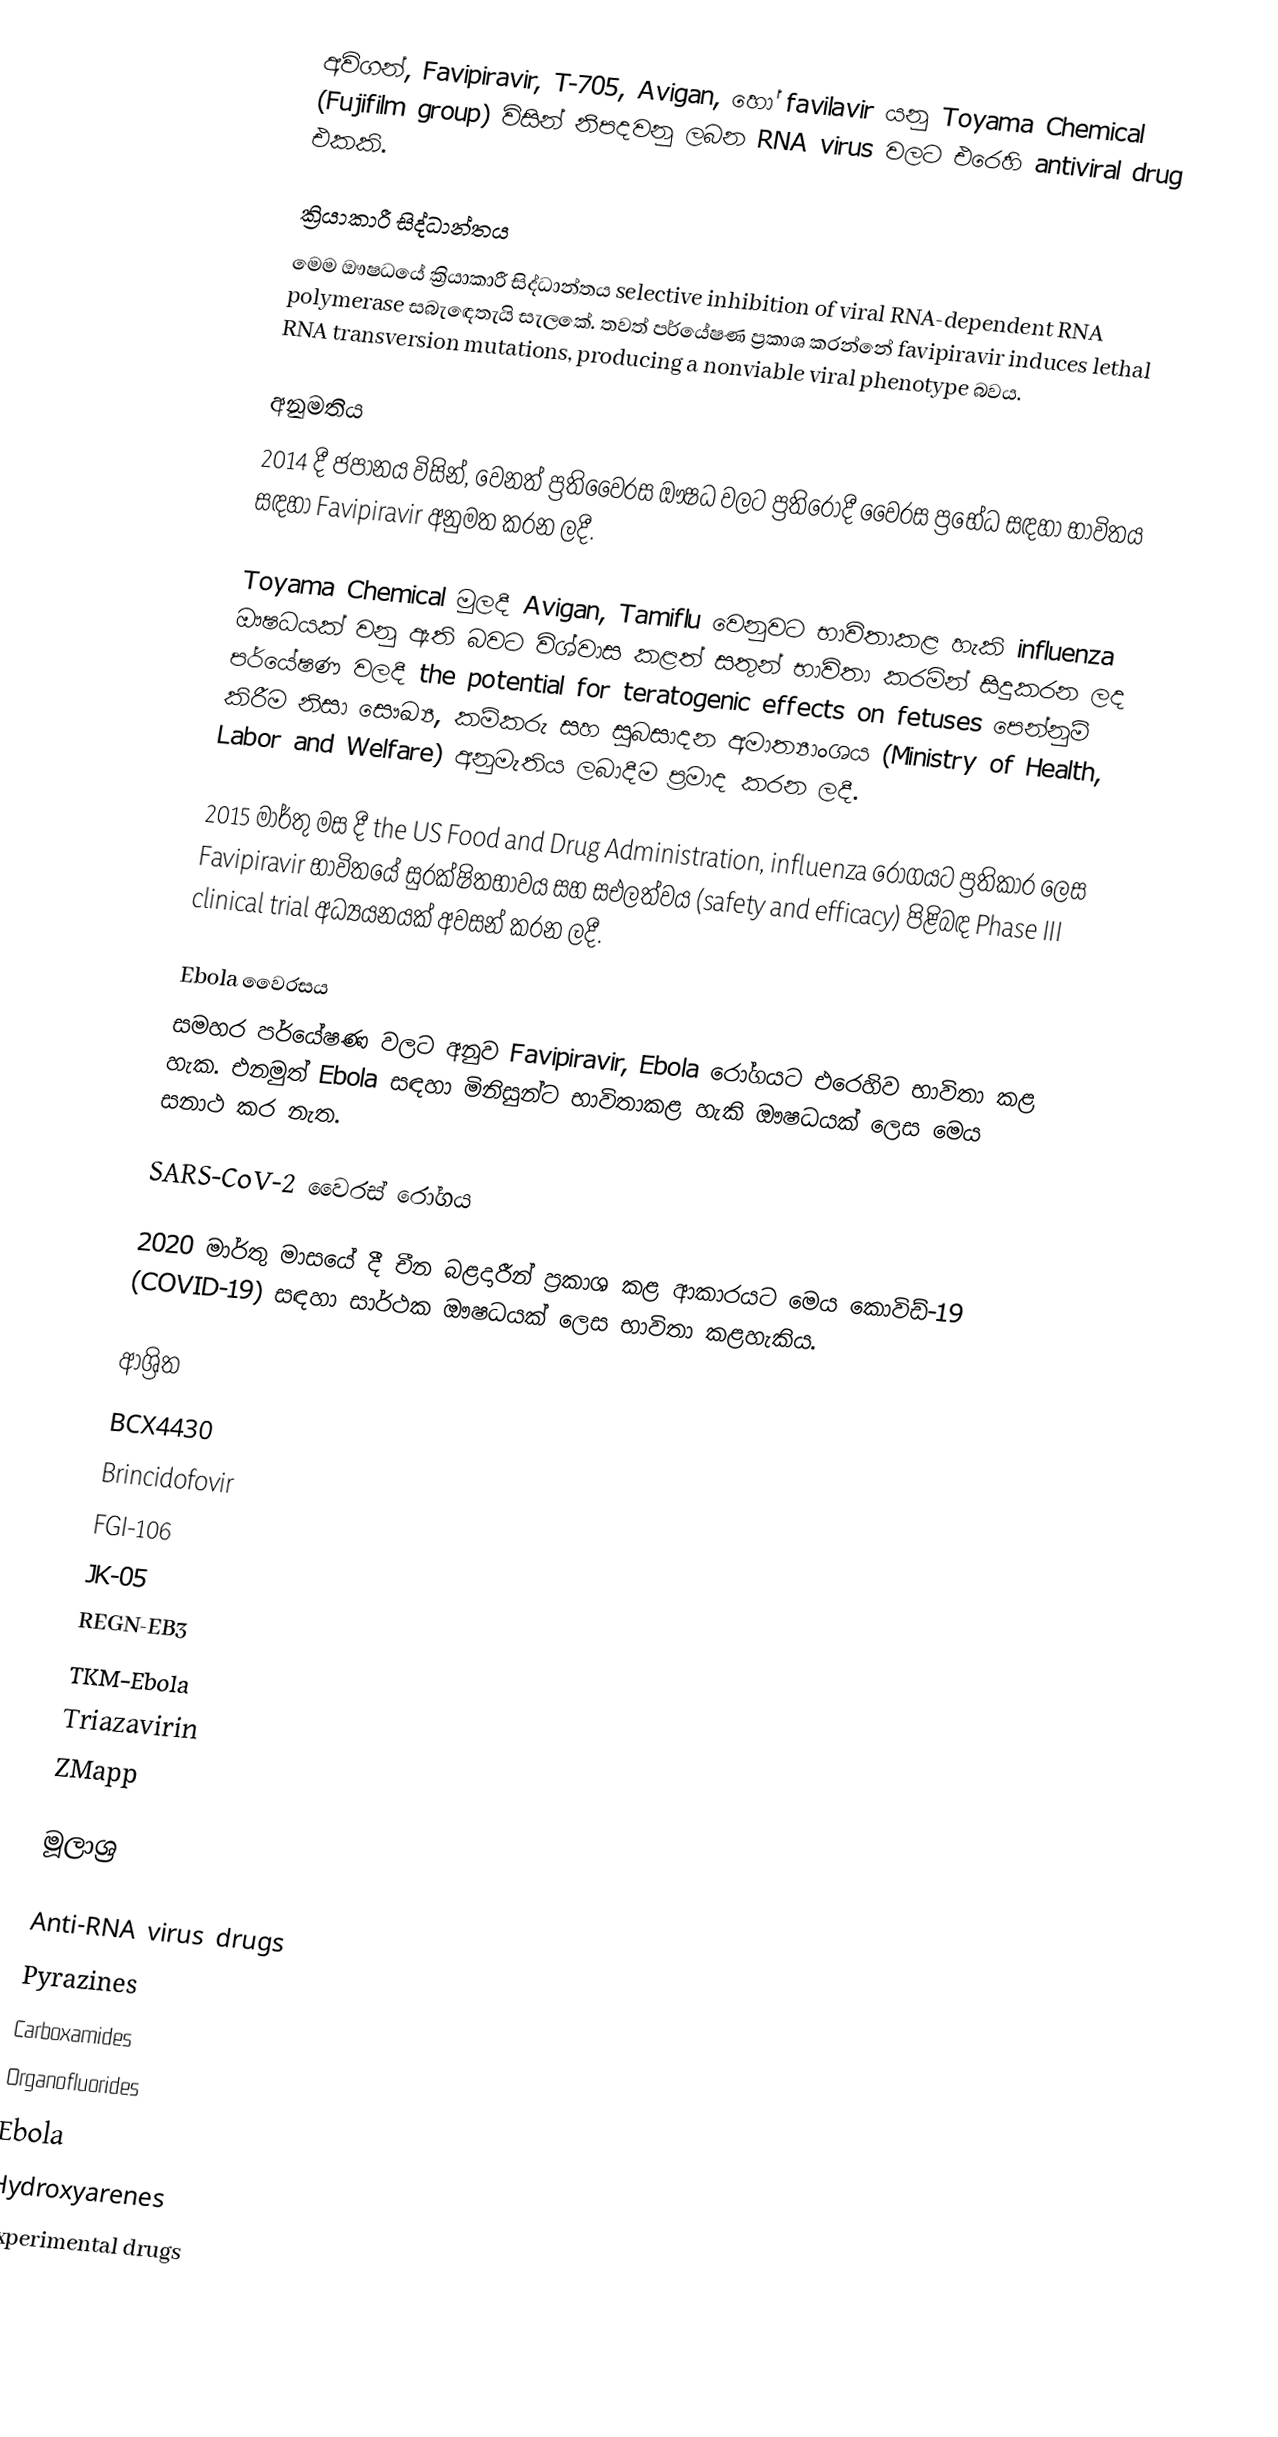
අවිගන්, Favipiravir, T-705, Avigan, හෝ favilavir  යනු Toyama Chemical (Fujifilm group) විසින් නිපදවනු ලබන RNA virus වලට එරෙහි antiviral drug එකකි.

ක්‍රියාකාරී සිද්ධාන්තය
මෙම ඖෂධයේ ක්‍රියාකාරී සිද්ධාන්තය selective inhibition of viral RNA-dependent RNA polymerase සබැඳෙතැයි සැලකේ. තවත් පර්යේෂණ ප්‍රකාශ කරන්නේ favipiravir induces lethal RNA transversion mutations, producing a nonviable viral phenotype බවය.

අනුමතිය
2014 දී ජපානය විසින්, වෙනත් ප්‍රතිවෛරස ඖෂධ වලට ප්‍රතිරෝදී වෛරස ප්‍රභේධ සඳහා භාවිතය සඳහා Favipiravir අනුමත කරන ලදී.

Toyama Chemical මුලදී Avigan, Tamiflu වෙනුවට භාවිතාකළ හැකි influenza ඖෂධයක් වනු ඇති බවට විශ්වාස කළත් සතුන් භාවිතා කරමින් සිදුකරන ලද පර්යේෂණ වලදී the potential for teratogenic effects on fetuses පෙන්නුම් කිරීම නිසා සෞඛ්‍ය, කම්කරු සහ සුබසාදන අමාත්‍යාංශය (Ministry of Health, Labor and Welfare) අනුමැතිය ලබාදීම ප්‍රමාද කරන ලදී.

2015 මාර්තු මස දී the US Food and Drug Administration, influenza රෝගයට ප්‍රතිකාර ලෙස Favipiravir භාවිතයේ සුරක්ෂිතභාවය සහ සඑලත්වය (safety and efficacy) පිළිබඳ Phase III clinical trial අධ්‍යයනයක් අවසන් කරන ලදී.

Ebola වෛරසය
සමහර පර්යේෂණ වලට අනුව Favipiravir, Ebola රෝගයට එරෙහිව භාවිතා කළ හැක. එනමුත් Ebola සඳහා මිනිසුන්ට භාවිතාකළ හැකි ඖෂධයක් ලෙස මෙය සනාථ කර නැත.

SARS-CoV-2 වෛරස් රෝගය

2020 මාර්තු මාසයේ දී චීන බළදාරීන් ප්‍රකාශ කළ ආකාරයට මෙය කොවිඩ්-19 (COVID-19) සඳහා සාර්ථක ඖෂධයක් ලෙස භාවිතා කළහැකිය.

ආශ්‍රිත
 BCX4430
 Brincidofovir
 FGI-106
 JK-05
 REGN-EB3
 TKM-Ebola
 Triazavirin
 ZMapp

මූලාශ්‍ර

Anti-RNA virus drugs
Pyrazines
Carboxamides
Organofluorides
Ebola
Hydroxyarenes
Experimental drugs